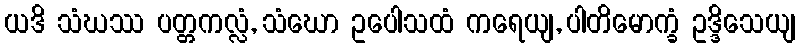
ယဒိ သံဃဿ ပတ္တကလ္လံ, သံဃော ဥပေါသထံ ကရေယျ, ပါတိမောက္ခံ ဥဒ္ဒိသေယျ